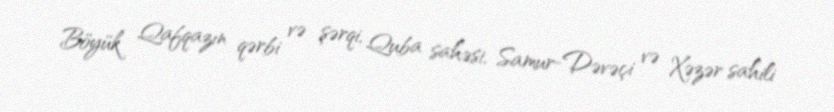
Böyük Qafqazın qərbi və şərqi, Quba sahəsi, Samur-Dəvəçi və Xəzər sahili